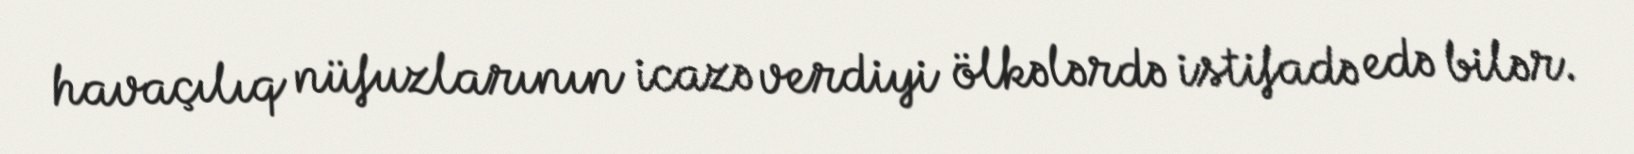
havaçılıq nüfuzlarının icazə verdiyi ölkələrdə istifadə edə bilər.